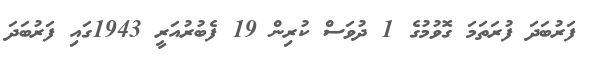
ފަރުބަދަ ފުރަތަމަ ގޮވުމުގެ 1 ދުވަސް ކުރިން 19 ފެބުރުއަރީ 1943ގައި ފަރުބަދަ